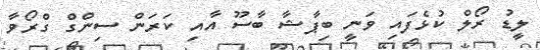
ލީޑު ރޯލް ކުޅެފައި ވަނީ ބިޕާޝާ ބާސޫ އާއި ކަރަން ސިންގް ގްރޯވާ